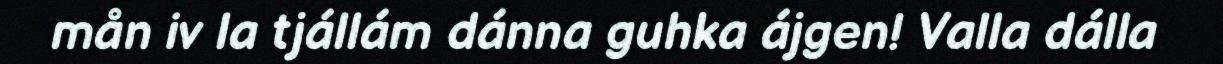
mån iv la tjállám dánna guhka ájgen! Valla dálla